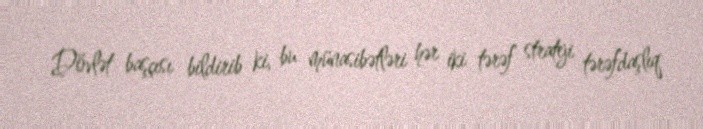
Dövlət başçısı bildirib ki, bu münasibətləri hər iki tərəf strateji tərəfdaşlıq